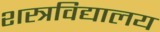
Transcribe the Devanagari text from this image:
शस्त्रविद्यालय